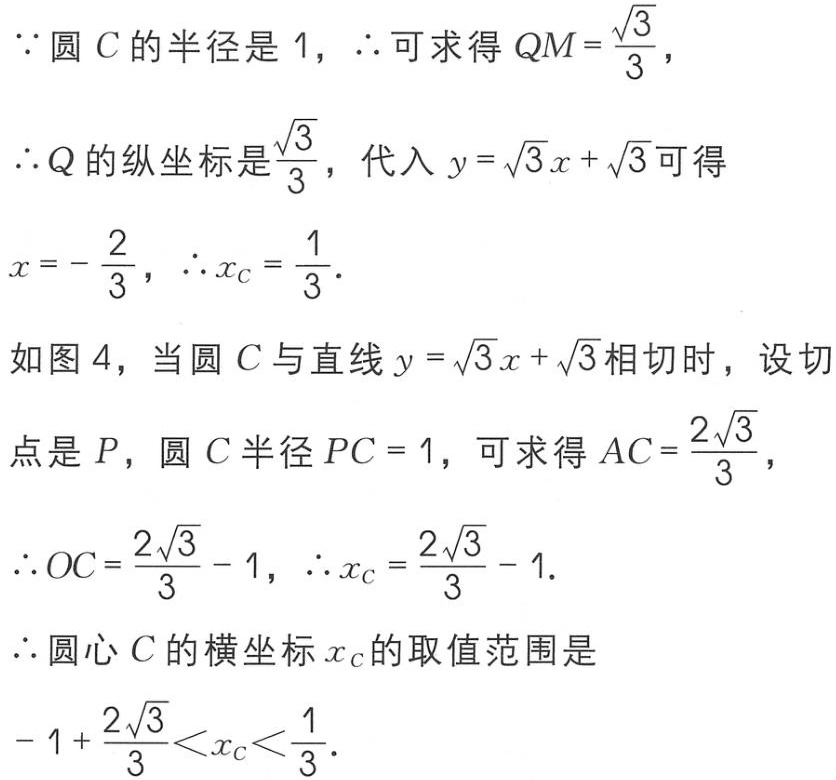
\(\because\)圆\(C\)的半径是\(1\)，\(\therefore\)可求得\(QM = \frac{\sqrt{3}}{3}\)，
\(\therefore Q\)的纵坐标是\(\frac{\sqrt{3}}{3}\)，代入\(y = \sqrt{3}x+\sqrt{3}\)可得
\(x = -\frac{2}{3}\)，\(\therefore x_{C}=\frac{1}{3}\)．
如图\(4\)，当圆\(C\)与直线\(y = \sqrt{3}x+\sqrt{3}\)相切时，设切
点是\(P\)，圆\(C\)半径\(PC = 1\)，可求得\(AC=\frac{2\sqrt{3}}{3}\)，
\(\therefore OC=\frac{2\sqrt{3}}{3}-1\)，\(\therefore x_{C}=\frac{2\sqrt{3}}{3}-1\)．
\(\therefore\)圆心\(C\)的横坐标\(x_{C}\)的取值范围是
\(-1+\frac{2\sqrt{3}}{3}<x_{C}<\frac{1}{3}\)．